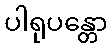
ပါရုပန္တော